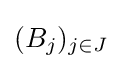
(B_{j})_{j\in J}